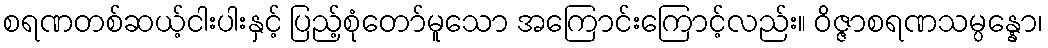
စရဏတစ်ဆယ့်ငါးပါးနှင့် ပြည့်စုံတော်မူသော အကြောင်းကြောင့်လည်း။ ဝိဇ္ဇာစရဏသမ္ပန္နော၊